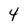
Character: 4